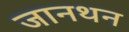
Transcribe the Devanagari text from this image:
जानथन